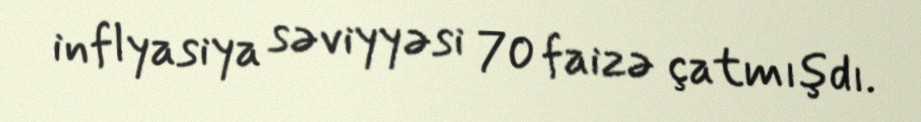
inflyasiya səviyyəsi 70 faizə çatmışdı.